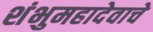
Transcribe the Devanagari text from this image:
शंभुमहादेवाचे